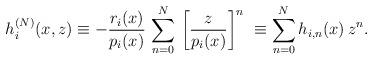
LaTeX: \begin{align*}h^{(N)}_i(x,z) \equiv -\frac{r_i(x)}{p_i(x)}\,\sum_{n=0}^N\, {\left[ \frac{z}{p_i(x)} \right]}^n\ \equiv \sum_{n=0}^{N} h_{i,n}(x) \, z^n .\end{align*}